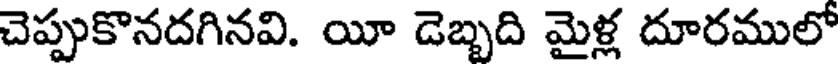
చెప్పుకొనదగినవి. యీ డెబ్బది మైళ్ల దూరములో